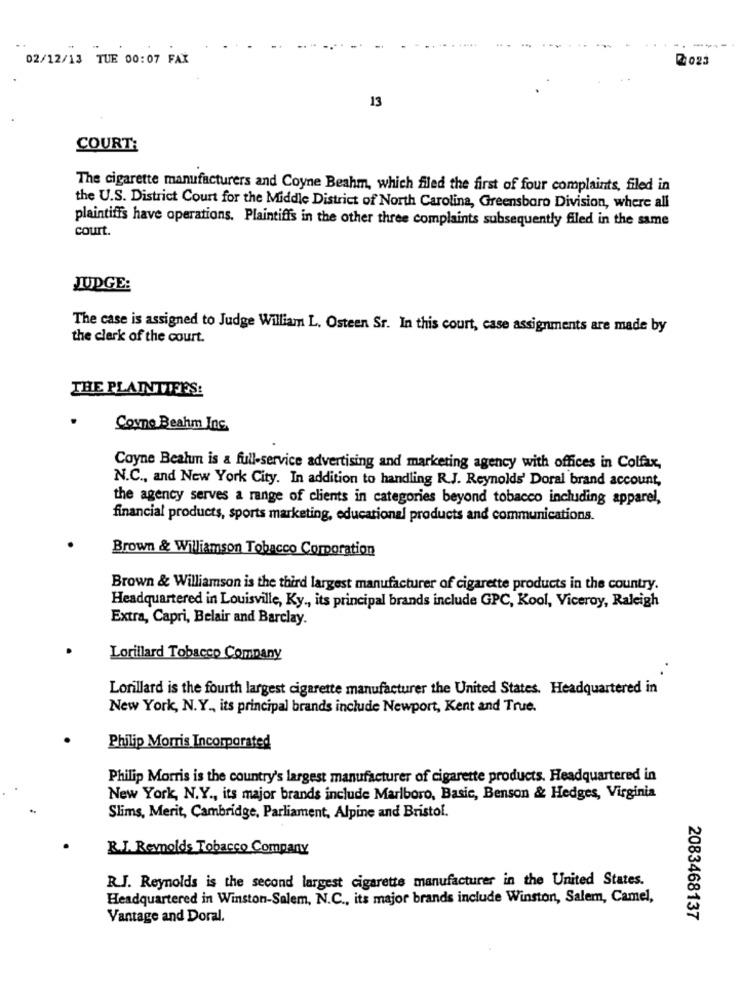
- --
02/12/13 TUE 00:07 FAX
2023
13
COURT:
The cigarette manufacturers and Coyne Beahm, which filed the first of four complaints, filed in
the U.S. District Court for the Middle District of North Carolina, Greensboro Division, where all
plaintiffs have operations. Plaintiffs in the other three complaints subsequently filed in the same
court.
JUDGE:
The case is assigned to Judge William L. Osteen Sr. In this court, case assignments are made by
the clerk of the court.
THE PLAINTIFFS:
Coyne Beahm Inc.
Coyne Beahm is a full-service advertising and marketing agency with offices in Colfax,
N.C ., and New York City. In addition to handling R.J. Reynolds' Doral brand account,
the agency serves a range of clients in categories beyond tobacco including apparel,
financial products, sports marketing, educational products and communications.
Brown & Williamson Tobacco Corporation
Brown & Williamson is the third largest manufacturer of cigarette products in the country.
Headquartered in Louisville, Ky ., its principal brands include GPC, Kool, Viceroy, Raleigh
Extra, Capri, Belair and Barclay.
Lorillard Tobacco Company
Lorillard is the fourth largest cigarette manufacturer the United States. Headquartered in
New York, N.Y ., its principal brands include Newport, Kent and True.
Philip Morris Incorporated
Philip Morris is the country's largest manufacturer of cigarette products. Headquartered in
New York, N.Y ., its major brands include Marlboro, Basic, Benson & Hedges, Virginia
Slims, Merit, Cambridge, Parliament, Alpine and Bristol.
R.J. Reynolds Tobacco Company
R.J. Reynolds is the second largest cigarette manufacturer in the United States.
Headquartered in Winston-Salem, N.C ., its major brands include Winston, Salem, Camel,
Vantage and Doral.
2083468137